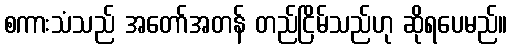
စကားသံသည် အတော်အတန် တည်ငြိမ်သည်ဟု ဆိုရပေမည်။